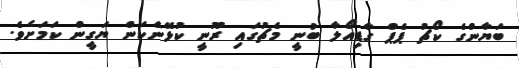
ބަޔާންގެ ކޯޗު ޕެޕް ގާޑިއޯލާ ބުނީ މެޗުގައި ރޫނީ ކުޅޭނެކަން ޔަގީން ކަމަށެވެ.